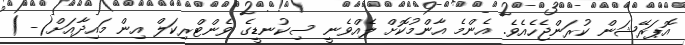
އޮޕަރޭޝަން ކުރަންޖެހެއެވެ. އެންމެ އާންމުކޮށް ލެއްވެނީ ސިކުނޑީގެ ވެންޓްރިކަލް އިން މައިދާއަށް(- )